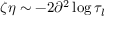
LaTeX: \zeta \eta \sim - 2 \partial ^ { 2 } \log \tau _ { l }